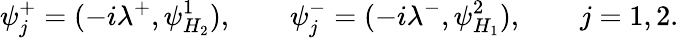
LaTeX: \psi_{j}^{+}=(-i\lambda^{+},\psi_{H_{2}}^{1}),\qquad\psi_{j}^{-}=(-i\lambda^{-},\psi_{H_{1}}^{2}),\qquad j=1,2.